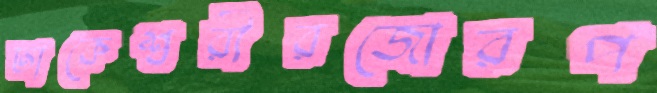
ঢাকেশ্বরীরজোরপ